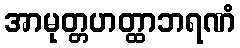
အာမုတ္တဟတ္ထာဘရဏံ